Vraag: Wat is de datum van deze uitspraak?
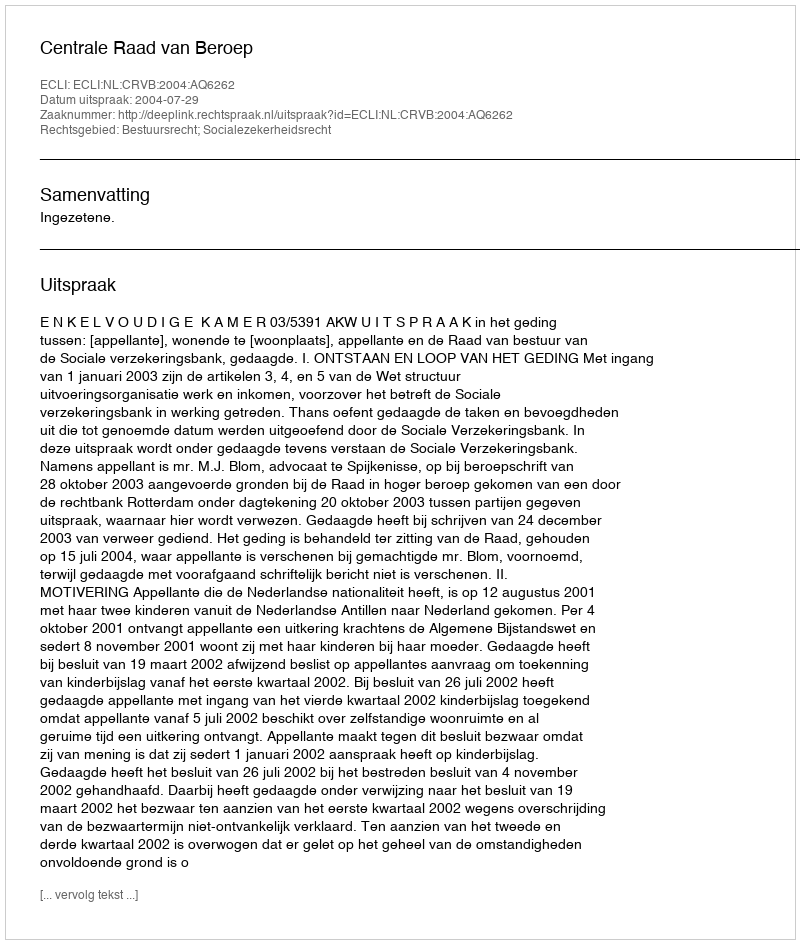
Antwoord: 2004-07-29